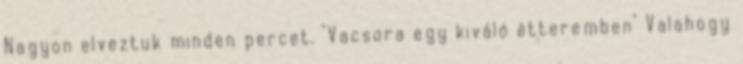
Nagyon elveztuk minden percet. "Vacsora egy kiváló étteremben" Valahogy